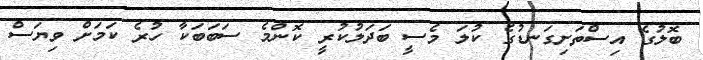
ބޮލުގެ އިސްތަށިގަނޑުގެ ކުލަ މެސީ ބަދަލުކުރީ ކޮންމެ ސަބަބަކާ ހުރެ ކަމަށް ވިޔަސް